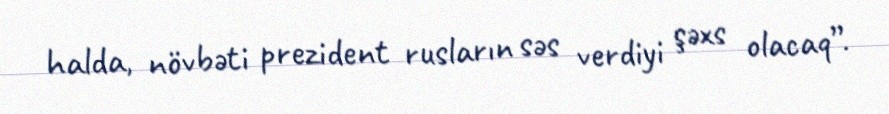
halda, növbəti prezident rusların səs verdiyi şəxs olacaq”.